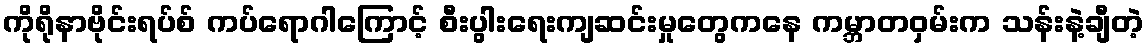
ကိုရိုနာဗိုင်းရပ်စ် ကပ်ရောဂါကြောင့် စီးပွါးရေးကျဆင်းမှုတွေကနေ ကမ္ဘာတဝှမ်းက သန်းနဲ့ချီတဲ့